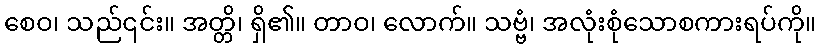
စေဝ၊ သည်၎င်း။ အတ္တိ၊ ရှိ၏။ တာဝ၊ လောက်။ သဗ္ဗံ၊ အလုံးစုံသောစကားရပ်ကို။